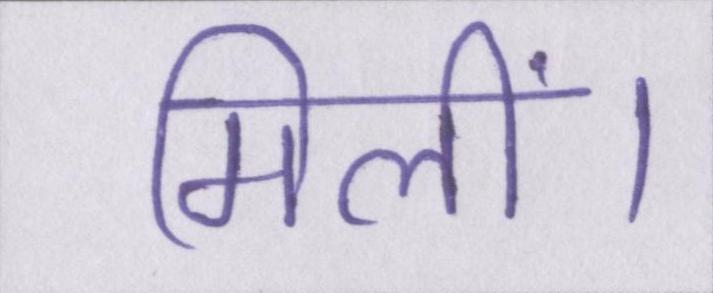
मिलीं।